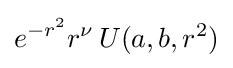
e^{-r^{2}}r^{\nu }\,U(a,b,r^{2})